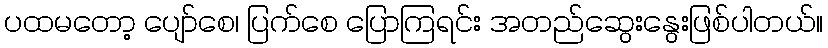
ပထမတော့ ပျော်စေ၊ ပြက်စေ ပြောကြရင်း အတည်ဆွေးနွေးဖြစ်ပါတယ်။